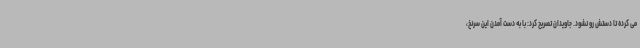
می کرده تا دستش رو نشود. جاویدان تصریح کرد: با به دست آمدن این سرنخ،